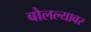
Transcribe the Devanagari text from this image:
बोलल्यावर